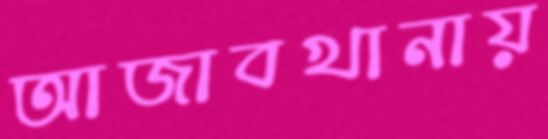
আজাবখানায়